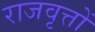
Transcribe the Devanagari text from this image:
राजवृत्तों